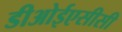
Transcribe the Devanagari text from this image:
डीओईएसीसी